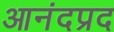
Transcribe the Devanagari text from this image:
आनंदप्रद